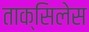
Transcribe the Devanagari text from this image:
ताक्सिलेस